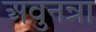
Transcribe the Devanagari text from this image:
अवुनन्ना